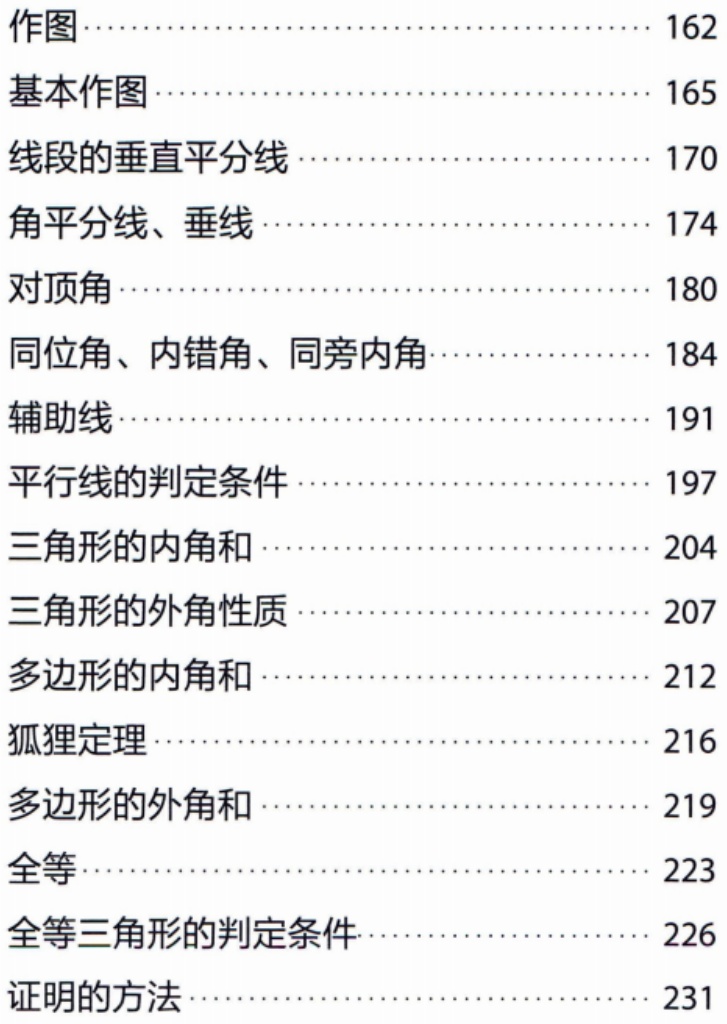
\begin{enumerate}

\item 作图\hfill162

\item 基本作图\hfill165

\item 线段的垂直平分线\hfill170

\item 角平分线、垂线\hfill174

\item 对顶角\hfill180

\item 同位角、内错角、同旁内角\hfill184

\item 辅助线\hfill191

\item 平行线的判定条件\hfill197

\item 三角形的内角和\hfill204

\item 三角形的外角性质\hfill207

\item 多边形的内角和\hfill212

\item 狐狸定理\hfill216

\item 多边形的外角和\hfill219

\item 全等\hfill223

\item 全等三角形的判定条件\hfill226

\item 证明的方法\hfill231

\end{enumerate}